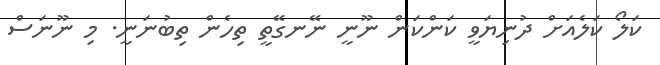
ކަލޯ ކަލެއަށް ދުނިޔަވީ ކަންކަން ނޫނީ ނޭނގޭތީ ތިހެން ތިބުނަނީ. މި ނޫނަސް